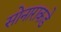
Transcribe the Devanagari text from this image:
सोनाराकडे